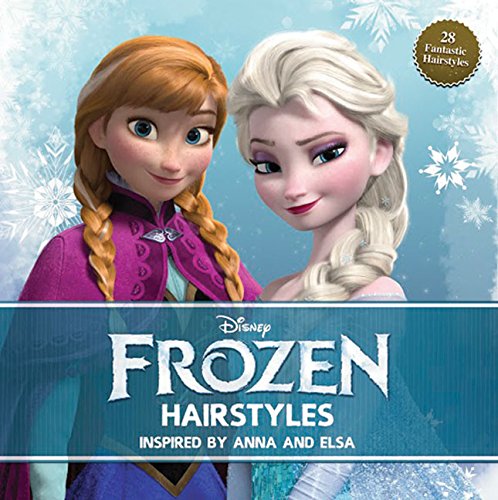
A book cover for Disney Frozen Hairstyles: Inspired By Anna and Elsa; Theodora Mjoll Skuladottir Jack; Children's Books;